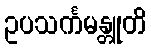
ဥပသင်္ကမန္တူတိ